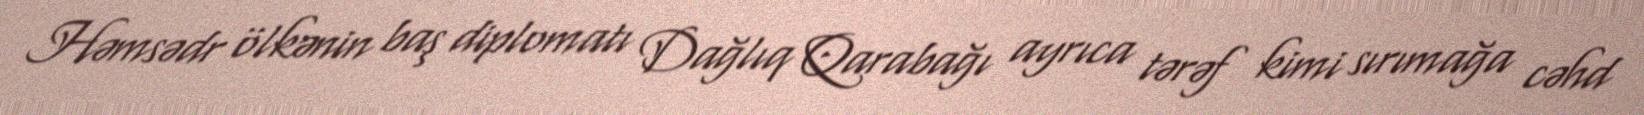
Həmsədr ölkənin baş diplomatı Dağlıq Qarabağı ayrıca tərəf kimi sırımağa cəhd